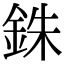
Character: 銖